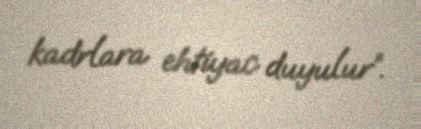
kadrlara ehtiyac duyulur”.